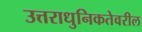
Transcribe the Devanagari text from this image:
उत्तराधुनिकतेवरील